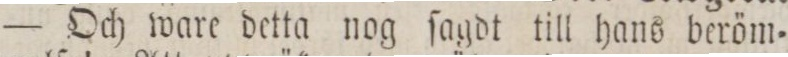
— Och ware detta nog ſagdt till hans beröm=